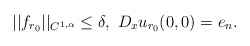
\begin{align*} ||f_{r_0}||_{C^{1,\alpha}} \leq \delta, \ D_x u_{r_0}(0, 0)= e_n.\end{align*}